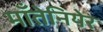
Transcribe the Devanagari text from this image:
माँतेनियेर